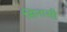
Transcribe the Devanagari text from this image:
सिनासी